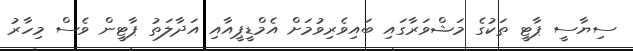
ސިޔާސީ ޕާޓީ ތަކުގެ މަޝްވަރާގައި ބައިވެރިވުމަށް އެމްޑީޕީއާއި އަދާލަތު ޕާޓީން ވެސް މިހާރު